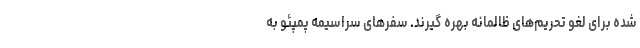
شده برای لغو تحریم‌های ظالمانه بهره گیرند. سفرهای سراسیمه پمپئو به